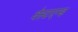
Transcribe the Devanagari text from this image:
वेस्टएन्ड